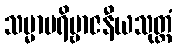
သမ္မာပရိဗ္ဗာဇနီယသုတ္တံ